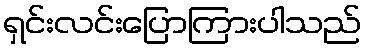
ရှင်းလင်းပြောကြားပါသည်